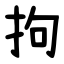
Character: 拘